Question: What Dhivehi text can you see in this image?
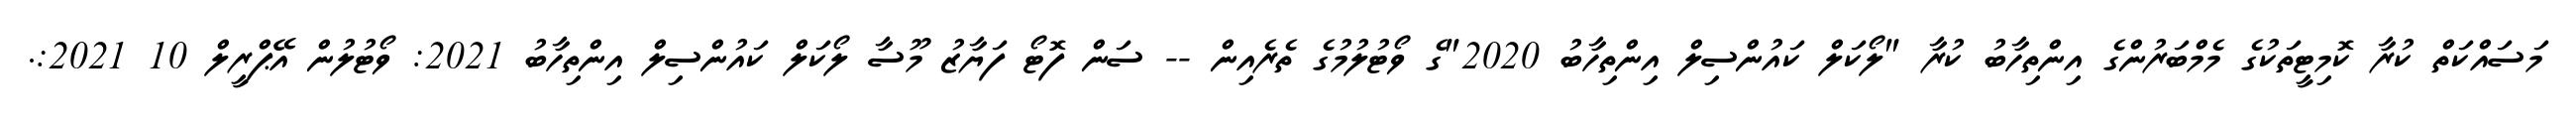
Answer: މަސައްކަތް ކުރާ ކޮމިޓީތަކުގެ މެމްބަރުންގެ އިންތިހާބު ކުރާ "ލޯކަލް ކައުންސިލް އިންތިހާބު 2020"ގެ ވޯޓުލުމުގެ ތެރެއިން -- ސަން ފޮޓޯ ފަޔާޒު މޫސާ ލޯކަލް ކައުންސިލް އިންތިހާބު 2021: ވޯޓުލުން އޭޕްރީލް 10 2021:.